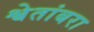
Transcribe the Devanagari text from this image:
श्वेतांबरा